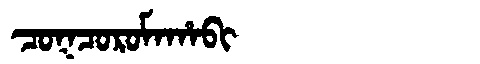
Manchu: ᠴᠣᡴᠴᠣᡵᠣᠮᠠᡥᠠᠪᡳ
Romanization: COKCOROMAHABI